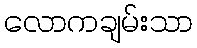
လောကချမ်းသာ